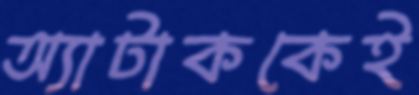
অ্যাটাককেই